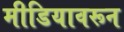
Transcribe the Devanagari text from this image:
मीडियावरून